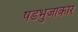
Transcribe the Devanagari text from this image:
षडभुजाकार